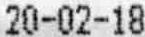
20-02-18